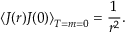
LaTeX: \left\langle J ( r ) J ( 0 ) \right\rangle _ { T = m = 0 } = \frac { 1 } { r ^ { 2 } } .